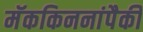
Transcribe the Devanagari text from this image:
मॅककिननांपैकी